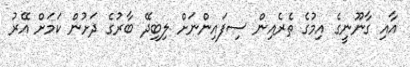
އާއި ގާނޫނީގެ އިމުގެ ތެރެއިން ސިފައިންނަށް ލިބިދޭ ބާރުގެ ދަށުން ކަމަށް އޭރު